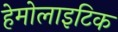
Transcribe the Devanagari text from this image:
हेमोलाइटिक